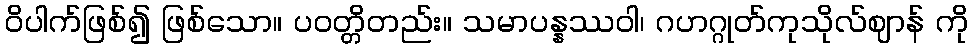
ဝိပါက်ဖြစ်၍ ဖြစ်သော။ ပဝတ္တိတည်း။ သမာပန္နဿဝါ၊ ဂဟဂ္ဂုတ်ကုသိုလ်ဈာန် ကို